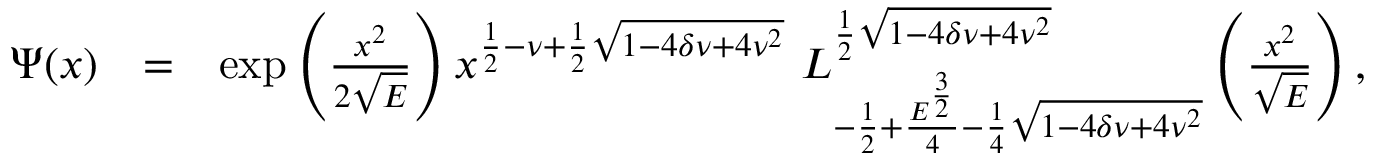
\begin{array} { r l r } { \Psi ( x ) } & { = } & { \exp \left( \frac { x ^ { 2 } } { 2 \sqrt { E } } \right) x ^ { \frac { 1 } { 2 } - \nu + \frac { 1 } { 2 } \sqrt { 1 - 4 \delta \nu + 4 \nu ^ { 2 } } } ~ L _ { - \frac { 1 } { 2 } + \frac { E ^ { \frac { 3 } { 2 } } } { 4 } - \frac { 1 } { 4 } \sqrt { 1 - 4 \delta \nu + 4 \nu ^ { 2 } } } ^ { \frac { 1 } { 2 } \sqrt { 1 - 4 \delta \nu + 4 \nu ^ { 2 } } } \left( \frac { x ^ { 2 } } { \sqrt { E } } \right) , } \end{array}